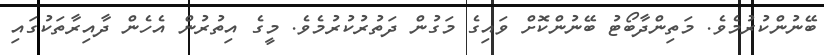
ބޭނުންކުރުމެވެ. މަތިންދާބޯޓު ބޭނުންކޮށް ވައިގެ މަގުން ދަތުރުކުރުމެވެ. މީގެ އިތުރުން އެހެން ދާއިރާތަކުގައި